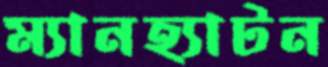
ম্যানহ্যাটন